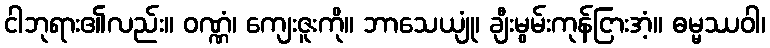
ငါဘုရား၏လည်း။ ဝဏ္ဏံ၊ ကျေးဇူးကို။ ဘာသေယျုံ၊ ချီးမွမ်းကုန်ငြားအံ့။ ဓမ္မဿဝါ၊